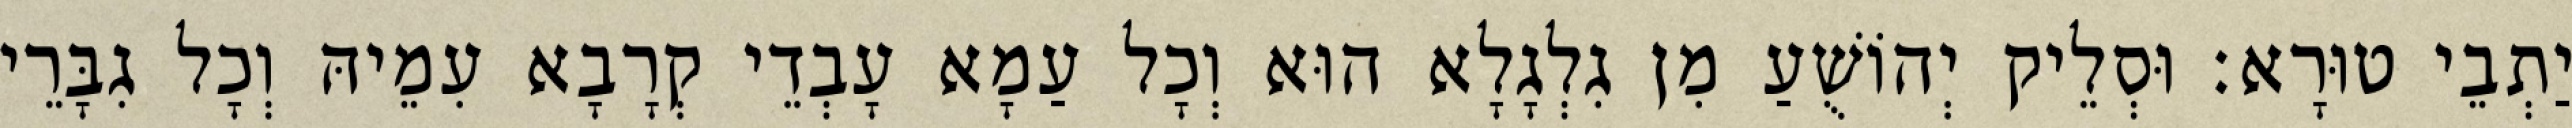
יַתְבֵי טוּרָא׃ וּסְלֵיק יְהוֹשֻׁעַ מִן גִלְגָלָא הוּא וְכָל עַמָא עָבְדֵי קְרָבָא עִמֵיהּ וְכָל גִבָּרֵי